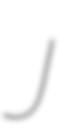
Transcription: J